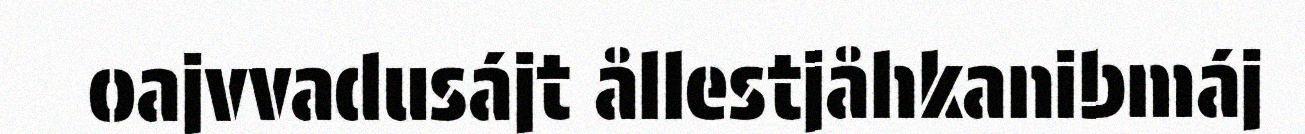
oajvvadusájt ållestjåhkanibmáj